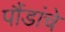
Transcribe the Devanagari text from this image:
पौंडांचे